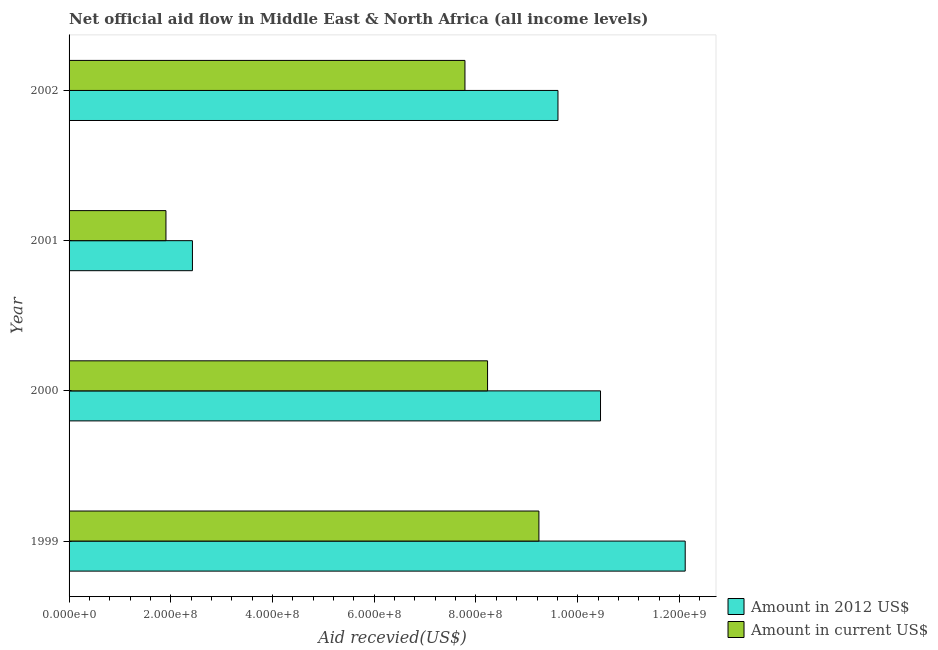
| Year | Amount in 2012 US$ | Amount in current US$ |
 | --- | --- | --- |
 | 1999 | 1.21e+09 | 9.24e+08 |
 | 2000 | 1.04e+09 | 8.23e+08 |
 | 2001 | 2.43e+08 | 1.9e+08 |
 | 2002 | 9.61e+08 | 7.78e+08 |